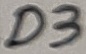
Text: D3